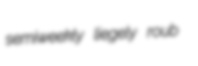
semiweekly liegely roub